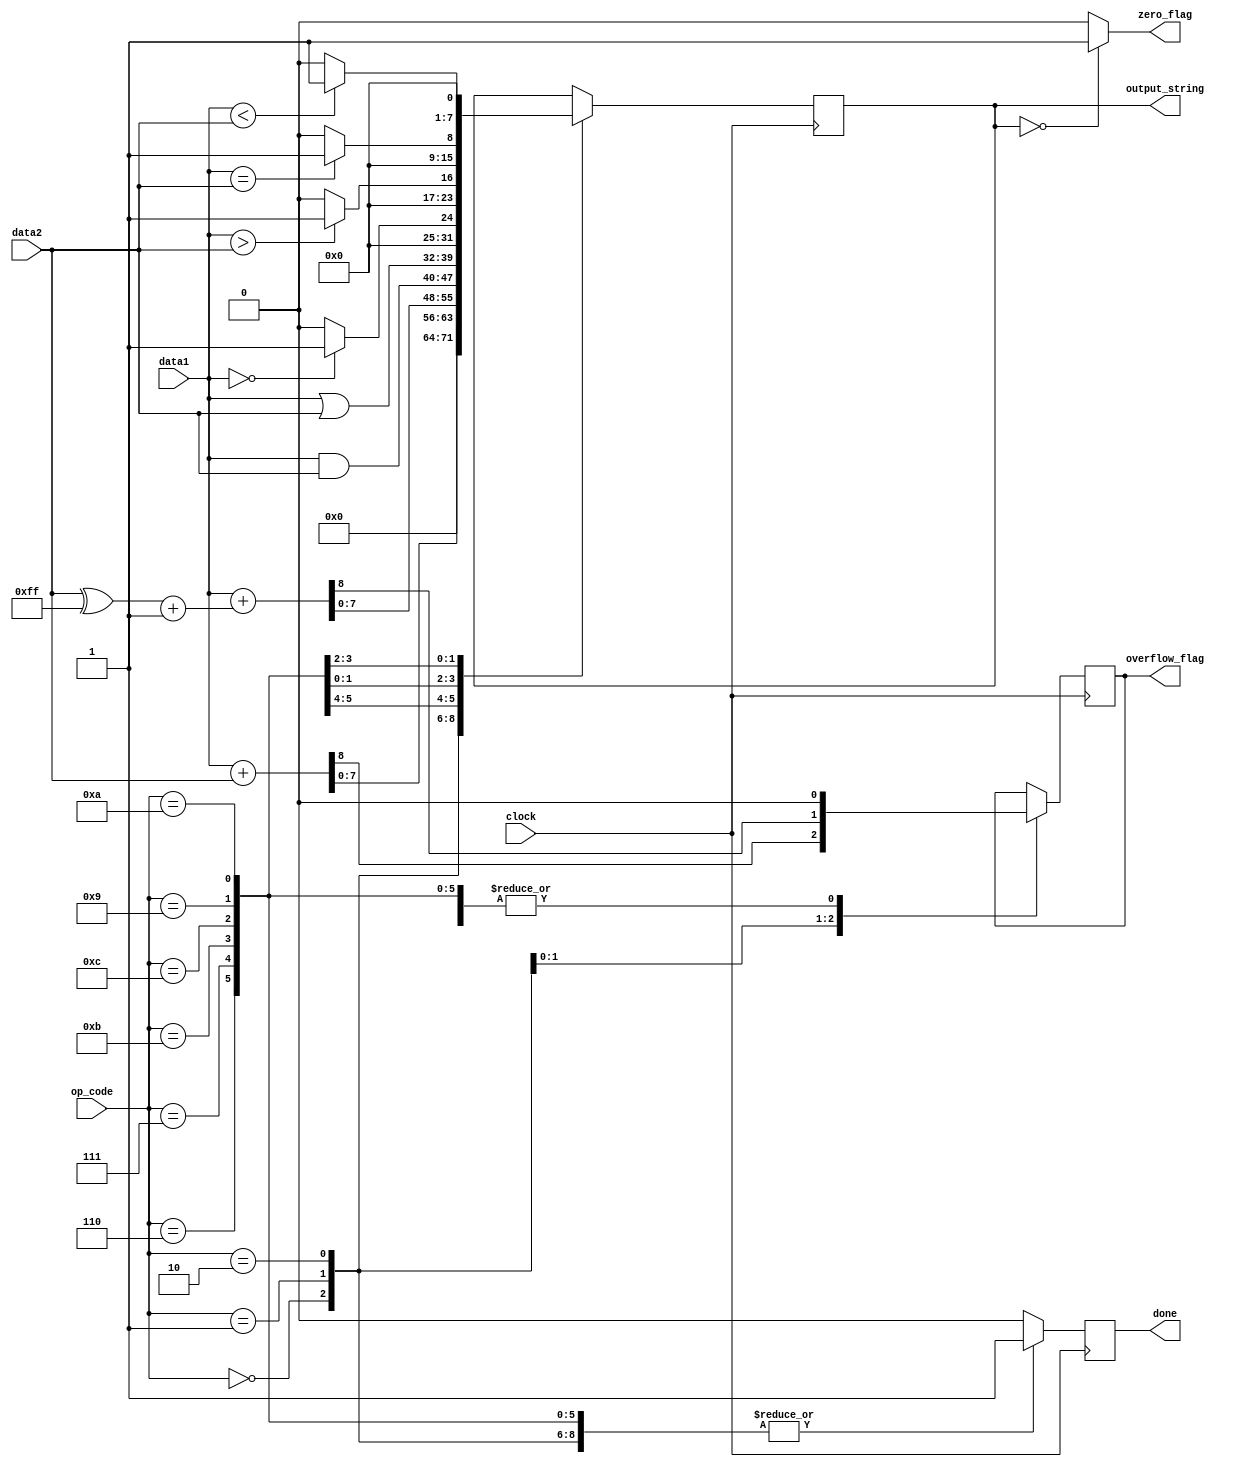
module ALU(
	input [3:0]op_code,
	input [7:0]data1,
	input [7:0]data2,
	input clock,
	output reg [7:0]output_string,
	output reg zero_flag, overflow_flag, done);
	`define OP_NOOP 4'b0000
	`define OP_ADD 4'b0001
	`define OP_SUBTRACT 4'b0010
	`define OP_AND 4'b0110
	`define OP_OR 4'b0111
	`define OP_ZERO_TEST 4'b1001
	`define OP_GT 4'b1010
	`define OP_EQ 4'b1011
	`define OP_LT 4'b1100

always@ *
begin
	if(output_string == 0)
		zero_flag = 1;
	else
		zero_flag = 0;
end

always@ (posedge clock)
begin
done = 0;
	case(op_code)
		`OP_NOOP	:
			begin
				output_string = 0;
				overflow_flag = 0;
				done = 1;
			end
		`OP_ADD	:	
			begin
				simple_addr(data1, data2, overflow_flag, output_string);//add
				done = 1;
			end
		`OP_SUBTRACT	:
			begin
				simple_addr(data1, ((data2 ^ 8'hFF) + 1), overflow_flag, output_string);//subtract
				done = 1;
			end
		`OP_AND	:
			begin
				my_and(data1, data2, output_string);//AND
				overflow_flag = 0;
				done = 1;
			end
		`OP_OR	:
			begin	
				my_or(data1, data2, output_string);//OR
				overflow_flag = 0;
				done = 1;
			end
		`OP_ZERO_TEST	:
			begin	
				zeroes(data1, output_string);//Zero
				overflow_flag = 0;
				done = 1;
			end
		`OP_GT :	
			begin 
				greater_than(data1, data2, output_string);//Greater Than
				overflow_flag = 0;
				done = 1;
			end
		`OP_EQ : 
			begin
				equal_to(data1, data2, output_string);//Equal To
				overflow_flag = 0;
				done = 1;
			end
		`OP_LT :
			begin 
				less_than(data1, data2, output_string);//Less Than
				overflow_flag = 0;
				done = 1;
			end
	endcase
end

task greater_than(
	input [7:0]in1, in2,
	output reg greater);
	begin
		if (in1 > in2)
			greater = 1;
		else
			greater = 0;
	end
endtask

task equal_to;
	input [7:0]in1, in2;
	output reg equal;
	begin
		if (in1 == in2)
			equal = 1;
		else
			equal = 0;
	end
endtask

task less_than;
	input [7:0]in1, in2;
	output reg less;
	begin
	if (in1 < in2)
		less = 1;
	else
		less = 0;
	end
endtask

task zeroes;
	input [7:0]in;
	output reg out;
		begin
			if (in == 0)
				out = 1;
			else
				out = 0;
		end
endtask

task my_and;
	input [7:0]in1, in2;
	output [7:0]out;
		begin
			out = in1 & in2;
		end
endtask

task my_or;
	input [7:0]in1, in2;
	output [7:0]out;
		begin
			out = in1 | in2;
		end
endtask

task simple_addr;
input [7:0]in1, in2;
output reg c_out;
output reg [7:0]sum_delayed;
reg [8:0]sum;
begin
	sum = in1 + in2;
	sum_delayed = sum[7:0];
	c_out = sum[8];
end
endtask

endmodule